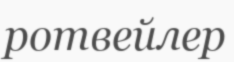
ротвейлер